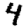
Digit: 4